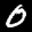
Label: 0